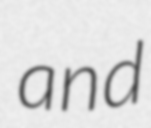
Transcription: and